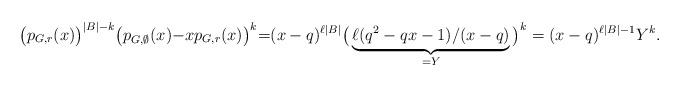
\begin{align*}\big(p_{G,r}(x)\big)^{|B|{-}k}\big(p_{G,\emptyset}(x){-}xp_{G,r}(x)\big)^{k}{=} (x-q)^{\ell|B|}\big(\underbrace{\ell(q^2-qx-1)/(x-q)}_{=Y}\big)^k=(x-q)^{\ell|B|-1}Y^k.\end{align*}